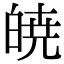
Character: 𭽙